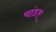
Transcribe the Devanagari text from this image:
चांडत